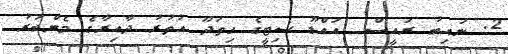
2. ނައިބު ރައީސް  އައްޑޫ ސިޓީގެ ހިތަދޫ އުތުރު ދާއިރާގެ މެންބަރު